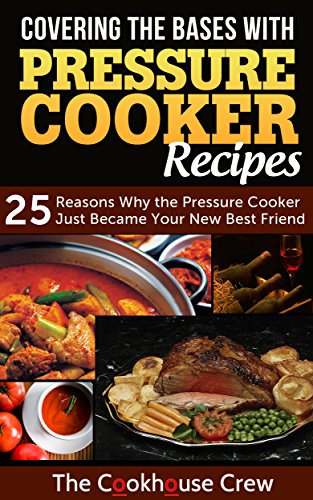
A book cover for Covering the Bases with Pressure Cooker Recipes; Cookhouse Crew; Cookbooks, Food & Wine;